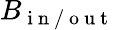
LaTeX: B_{\mathrm{~i~n~/~o~u~t~}}